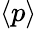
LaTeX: \langle p\rangle